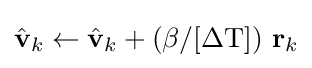
{\hat {\textbf {v}}}_{k}\leftarrow {\hat {\textbf {v}}}_{k}+(\beta /[\Delta {\textrm {T}}])\ {\textbf {r}}_{k}